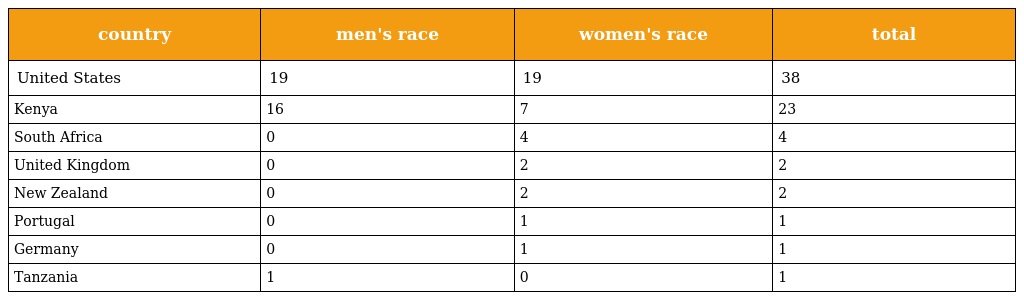
| country | men's race | women's race | total |
 | --- | --- | --- | --- |
 | United States | 19 | 19 | 38 |
 | Kenya | 16 | 7 | 23 |
 | South Africa | 0 | 4 | 4 |
 | United Kingdom | 0 | 2 | 2 |
 | New Zealand | 0 | 2 | 2 |
 | Portugal | 0 | 1 | 1 |
 | Germany | 0 | 1 | 1 |
 | Tanzania | 1 | 0 | 1 |